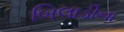
બિલાડીના